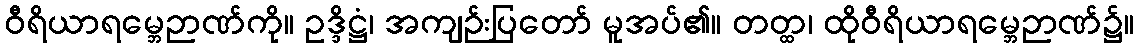
ဝီရိယာရမ္ဘေဉာဏ်ကို။ ဥဒ္ဒိဋ္ဌံ၊ အကျဉ်းပြတော် မူအပ်၏။ တတ္ထ၊ ထိုဝီရိယာရမ္ဘေဉာဏ်၌။